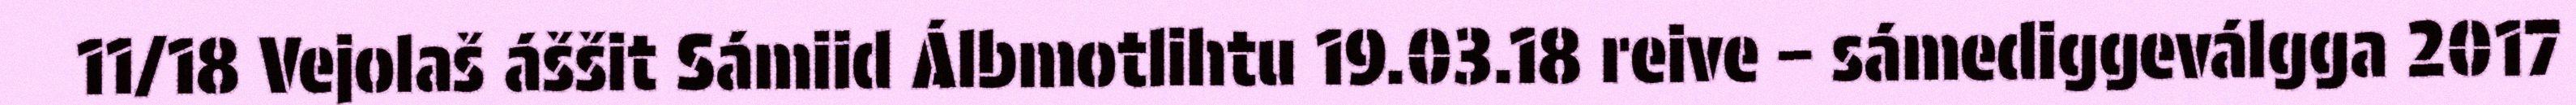
11/18 Vejolaš áššit Sámiid Álbmotlihtu 19.03.18 reive – sámediggeválgga 2017